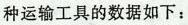
种运输工具的数据如下：